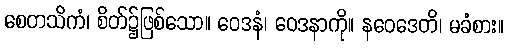
စေတသိကံ၊ စိတ်၌ဖြစ်သော။ ဝေဒနံ၊ ဝေဒနာကို။ နဝေဒေတိ၊ မခံစား။